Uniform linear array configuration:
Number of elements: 16
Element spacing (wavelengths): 0.75
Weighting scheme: cosine
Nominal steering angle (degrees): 30
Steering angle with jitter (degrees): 29.607
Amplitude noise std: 0.05
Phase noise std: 0.05

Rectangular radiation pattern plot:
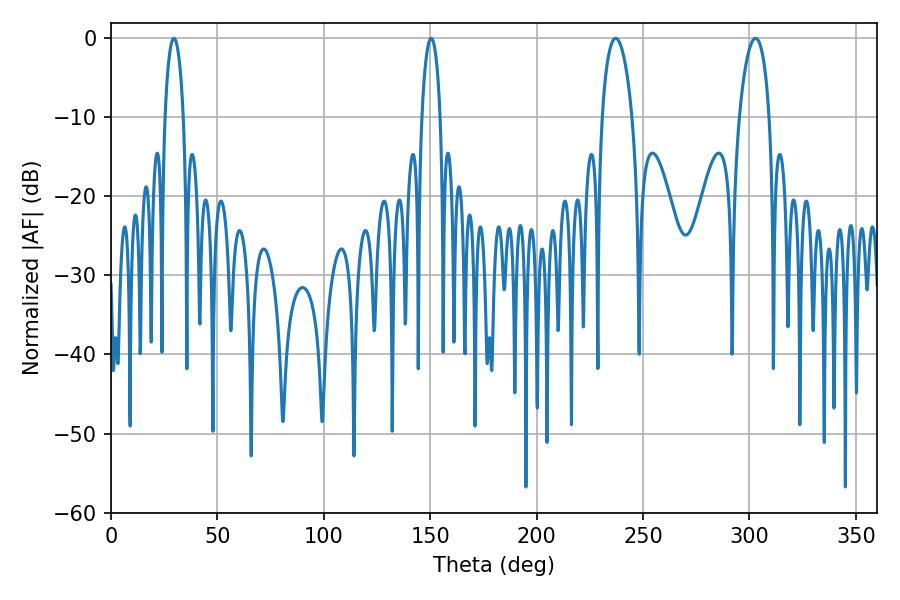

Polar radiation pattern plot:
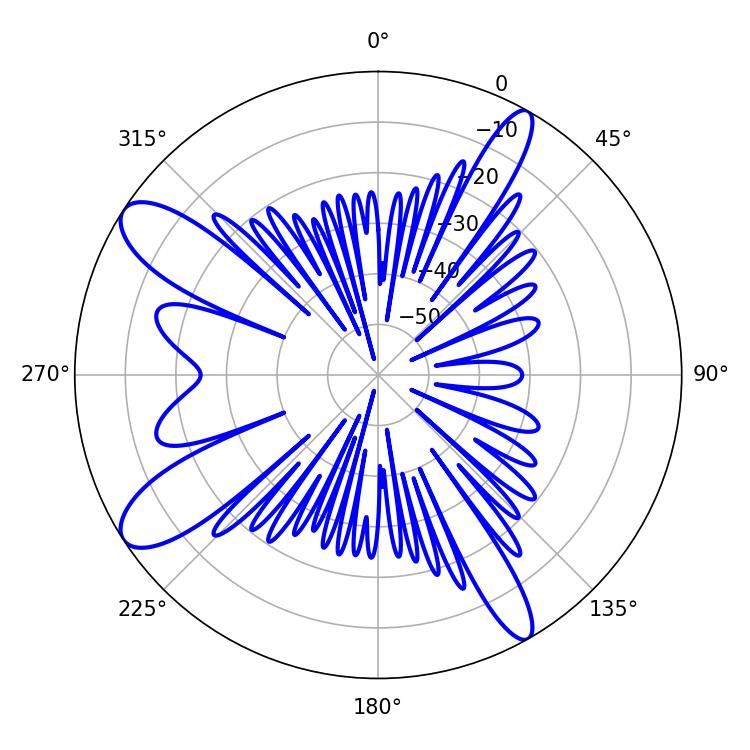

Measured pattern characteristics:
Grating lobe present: TRUE
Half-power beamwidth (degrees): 4.86
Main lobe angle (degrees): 29.52